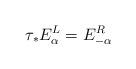
LaTeX: \begin{align*}\tau_* E_{\alpha}^L=E_{-\alpha}^R\end{align*}